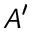
A ^ { \prime }